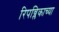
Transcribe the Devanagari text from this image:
रिपब्लिकाच्या